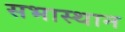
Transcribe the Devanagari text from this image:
सभास्थान